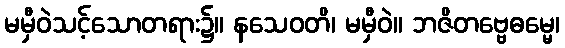
မမှီဝဲသင့်သောတရား၌။ နသေဝတိ၊ မမှီဝဲ။ ဘဇိတဗ္ဗေဓမ္မေ၊